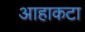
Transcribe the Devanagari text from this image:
आहाकटा